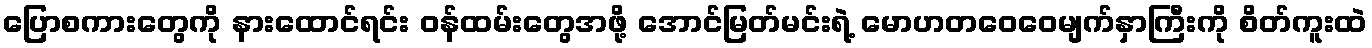
ပြောစကားတွေကို နားထောင်ရင်း ဝန်ထမ်းတွေအဖို့ အောင်မြတ်မင်းရဲ့ မောဟတဝေဝေမျက်နှာကြီးကို စိတ်ကူးထဲ